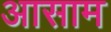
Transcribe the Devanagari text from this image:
अासाम